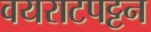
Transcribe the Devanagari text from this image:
वयराटपट्टन